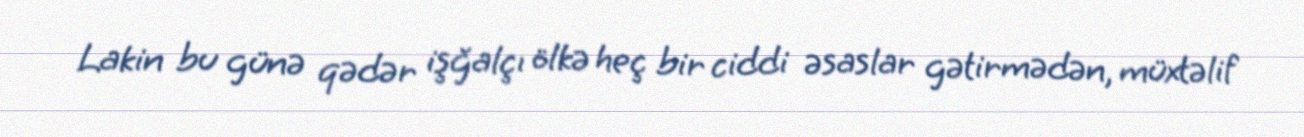
Lakin bu günə qədər işğalçı ölkə heç bir ciddi əsaslar gətirmədən, müxtəlif